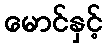
မောင်နှင့်